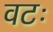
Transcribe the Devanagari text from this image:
वटः